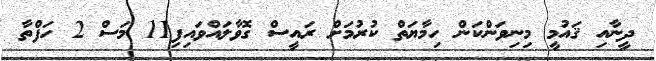
ދީނާއި ޤައުމީ މިނިވަންކަން ހިމާޔަތް ކުރުމަށް ރައީސް ގޮވާލައްވައިފި11 މަސް 2 ހަފްތާ